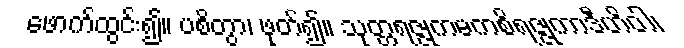
ဖောက်ထွင်း၍။ ပစိတွာ၊ ဖုတ်၍။ သုတ္တရဇ္ဇုကမကစိရဇ္ဇုကာဒီဟိဝါ၊